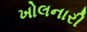
ખોલનારી